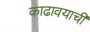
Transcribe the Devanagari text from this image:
काढावयाची